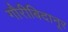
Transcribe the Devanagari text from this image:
गौरीबिदानूर